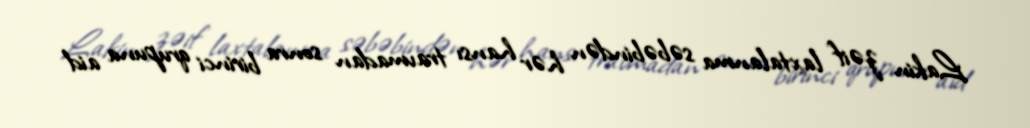
Lakin zəif laxtalanma səbəbindən hər hansı travmadan sonra birinci qrupuna aid